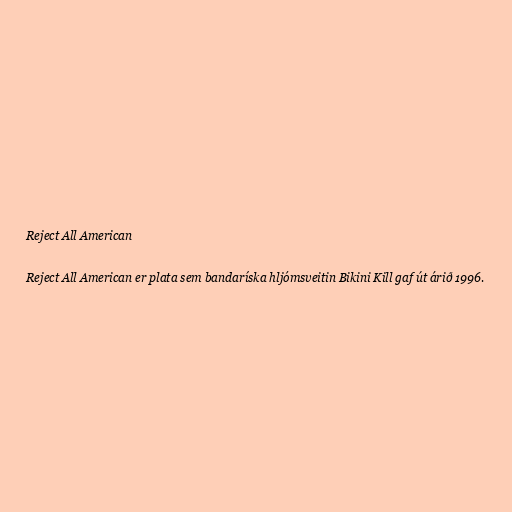
Reject All American

Reject All American er plata sem bandaríska hljómsveitin Bikini Kill gaf út árið 1996.